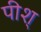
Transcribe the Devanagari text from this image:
पीश्